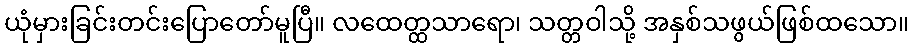
ယုံမှားခြင်းတင်းပြောတော်မူပြီ။ လထေတ္ထသာရော၊ သတ္တဝါသို့ အနှစ်သဖွယ်ဖြစ်ထသော။